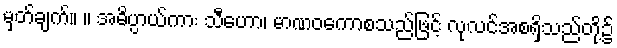
မှတ်ချက်။ ။ အဓိပ္ပာယ်ကား သီဟော၊ မာဏဝကောစသည်ဖြင့် လုလင်အစရှိသည်တို့၌